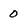
Character: 0